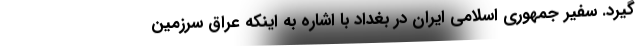
گیرد. سفیر جمهوری اسلامی ایران در بغداد با اشاره به اینکه عراق سرزمین